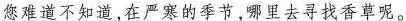
您难道不知道，在严寒的季节，哪里去寻找香草呢。